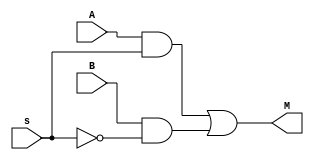
`timescale 1ns/1ps 

module Mux_2x1(
    input wire A,B,
    input wire s,
    output wire M
);

and  and1 (m1,A,s);
not  not1 (ns,s);
and  and2 (m2,B,ns);
or  mux (M,m1,m2);//M=s?A:B

endmodule